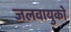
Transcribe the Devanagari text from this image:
जलवायुको